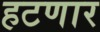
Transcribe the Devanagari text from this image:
हटणार